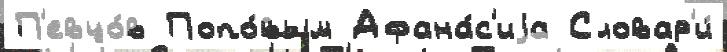
П'евцо́в Попо́вым Афана́с'иjа Словар'и́